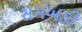
સમબડી